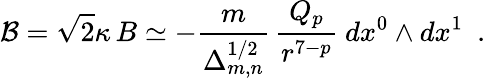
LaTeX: {\cal B}=\sqrt{2}\kappa\, B\simeq-\frac{m}{\Delta_{m,n}^{1/2}}\, \frac{Q_{p}}{r^{7-p}}~dx^{0}\wedge dx^{1}~~.